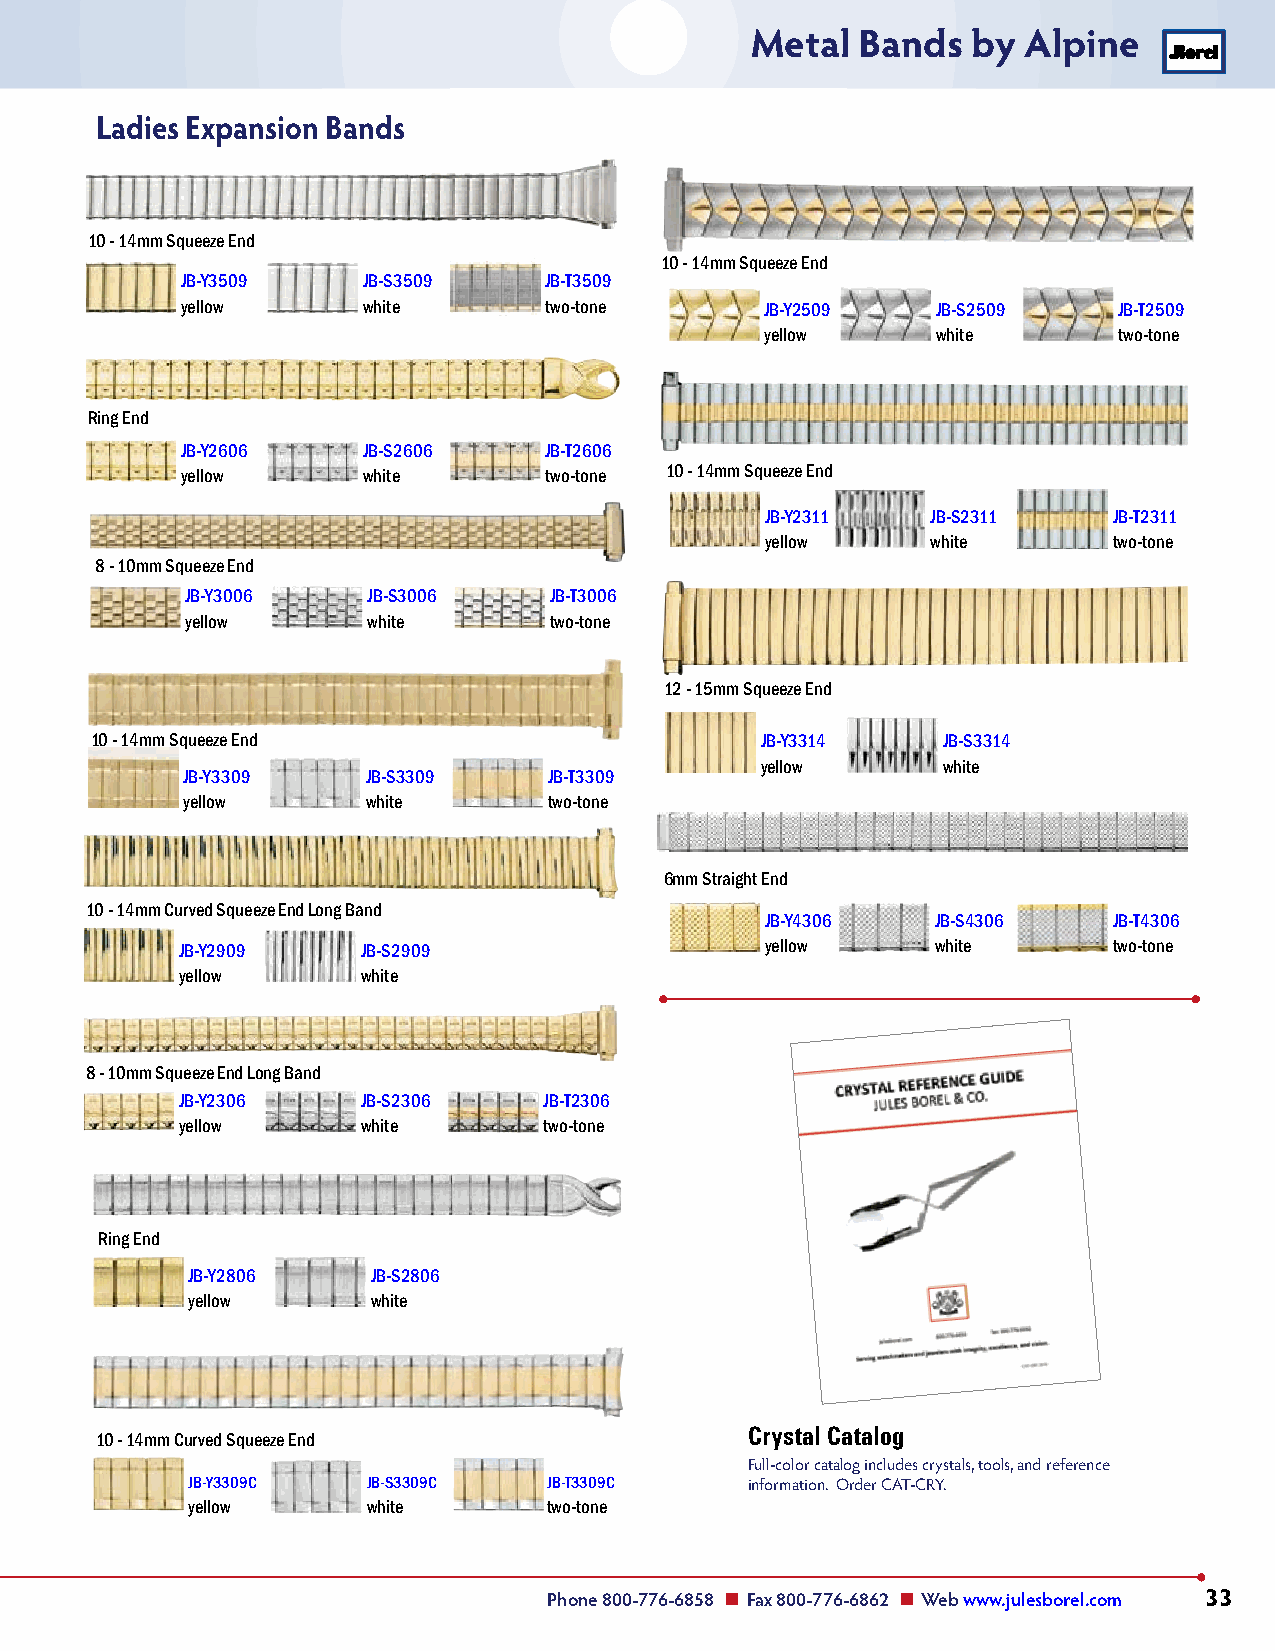
Metal  Bands  by  Alpine
 Ladies Expansion Bands
 10 - 14mm Squeeze End
 10 - 14mm Squeeze End
 JB-Y3509    JB-S3509    JB-T3509
 yellow      white       two-tone       JB-Y2509   JB-S2509    JB-T2509
 yellow     white       two-tone
 Ring End
 JB-Y2606    JB-S2606    JB-T2606
 yellow      white       two-tone 10 - 14mm Squeeze End
 JB-Y2311   JB-S2311    JB-T2311
 yellow     white       two-tone
 8 - 10mm Squeeze End
 JB-Y3006    JB-S3006    JB-T3006
 yellow      white       two-tone
 12 - 15mm Squeeze End
 10 - 14mm Squeeze End                       JB-Y3314    JB-S3314
 yellow      white
 JB-Y3309    JB-S3309    JB-T3309
 yellow      white       two-tone
 6mm Straight End
 10 - 14mm Curved Squeeze End Long Band
 JB-Y4306   JB-S4306    JB-T4306
 JB-Y2909    JB-S2909                   yellow     white       two-tone
 yellow      white
 8 - 10mm Squeeze End Long Band
 JB-Y2306    JB-S2306    JB-T2306
 yellow      white       two-tone
 Ring End
 JB-Y2806     JB-S2806
 yellow       white
 Crystal Catalog
 10 - 14mm Curved Squeeze End
 Full-color catalog includes crystals, tools, and reference
 JB-Y3309C   JB-S3309C   JB-T3309C     information. Order CAT-CRY.
 yellow      white       two-tone
 Phone 800-776-6858 n Fax 800-776-6862 n Web www.julesborel.com 33